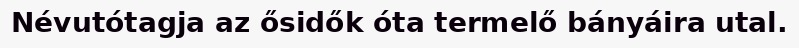
Névutótagja az ősidők óta termelő bányáira utal.